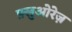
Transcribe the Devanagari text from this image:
फ़्लुओरेज़